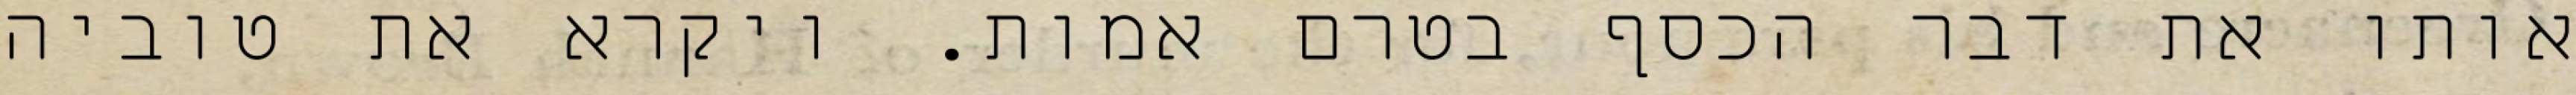
אותו את דבר הכסף בטרם אמות. ויקרא את טוביה